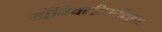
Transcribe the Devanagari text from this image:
डोंबिवलीपर्यंतचा